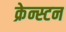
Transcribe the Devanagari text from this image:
क्रेन्स्टन